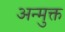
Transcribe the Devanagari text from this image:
अन्मुक्त